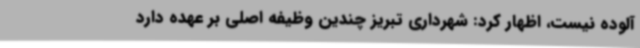
آلوده نیست، اظهار کرد: شهرداری تبریز چندین وظیفه اصلی بر عهده دارد